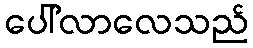
ပေါ်လာလေသည်